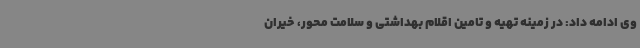
وی ادامه داد: در زمینه تهیه و تامین اقلام بهداشتی و سلامت‌ محور، خیران